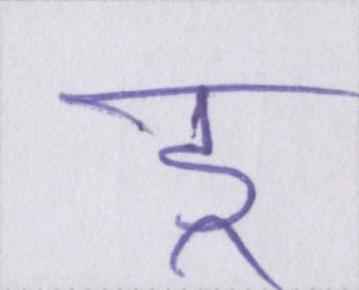
डू